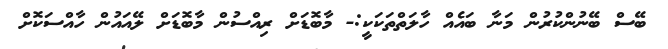
ބޭސް ބޭނުންކުރުން މަނާ ބައެއް ހާލަތްތަކަކީ:- މާބޮޑަށް ރިއްސުން މާބޮޑަށް ލޭއައުން ހާއްސަކޮށް